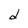
Character: d